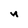
Character: n